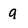
Character: g